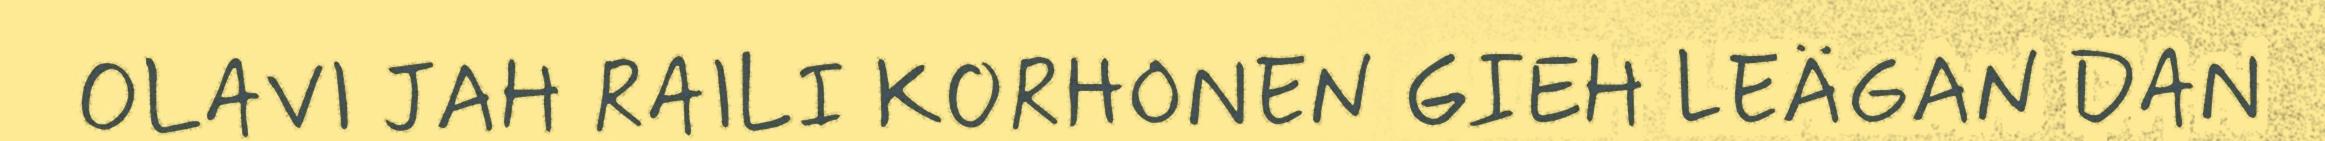
OLAVI JAH RAILI KORHONEN GIEH LEÄGAN DAN